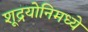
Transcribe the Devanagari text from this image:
शूद्रयोनिमध्ये